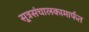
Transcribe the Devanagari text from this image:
सूत्रसंचालकामार्फत